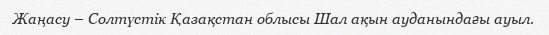
Жаңасу – Солтүстік Қазақстан облысы Шал ақын ауданындағы ауыл.